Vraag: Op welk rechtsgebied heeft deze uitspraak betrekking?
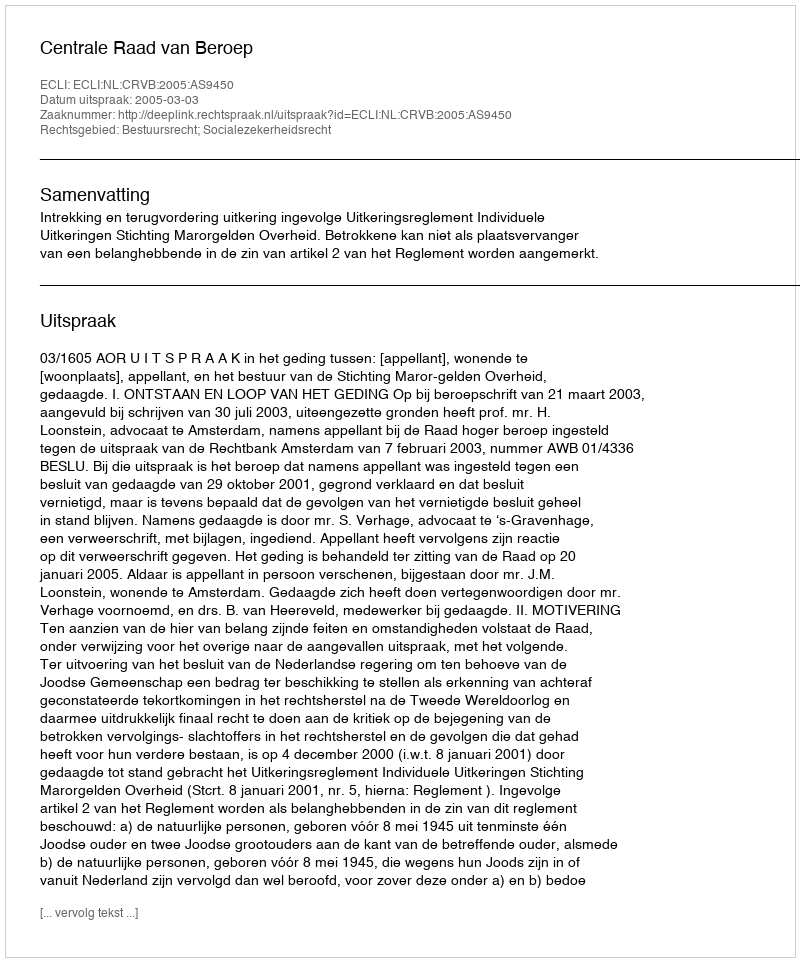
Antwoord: Bestuursrecht; Socialezekerheidsrecht